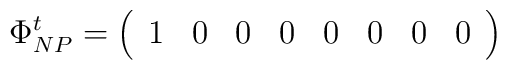
\Phi _{NP}^{t}=\left( \begin{array}{llllllll}1 & 0 & 0 & 0 & 0 & 0 & 0 & 0\end{array}\right)